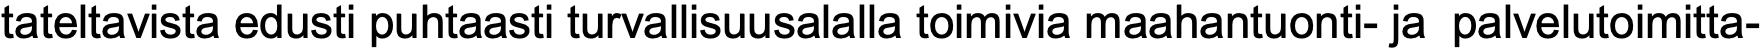
tateltavista edusti puhtaasti turvallisuusalalla toimivia maahantuonti- ja palvelutoimitta-